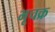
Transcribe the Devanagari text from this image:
भूचक्र